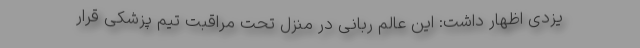
یزدی اظهار داشت: این عالم ربانی در منزل تحت مراقبت تیم پزشکی قرار